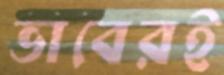
ভাবেরই